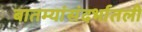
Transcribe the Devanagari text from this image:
बातम्यांसंदर्भातली